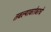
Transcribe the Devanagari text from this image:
तबल्याबरोबरचे